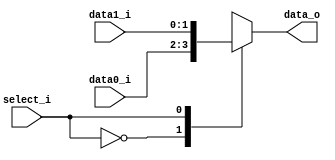
`timescale 1ns / 1ps
module MUX_2_to_1(data0_i,data1_i,select_i,data_o);
    parameter size = 0;	
    input  [size-1:0] data0_i;          
    input  [size-1:0] data1_i;
    input             select_i;
    output reg[size-1:0] data_o; 


	    //this is control
	    /* add your design */   
    always @(data0_i or data1_i or select_i)
     begin	
     case(select_i)
//not sure if it is true
     1'b0: data_o = data0_i;   
     1'b1: data_o = data1_i;
     endcase
    end  


endmodule